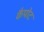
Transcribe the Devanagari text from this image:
कैपोट